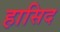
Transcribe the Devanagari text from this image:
हासिद